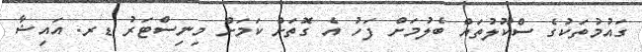
ގައުމުތަކުގެ ސްކޫލުތައް ބެލުމަށް ފަހު އެ ގޮތަށް ކަމަށް މިނިސްޓަރު ޑރ. އައިޝާ